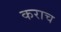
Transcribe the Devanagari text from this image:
कराच